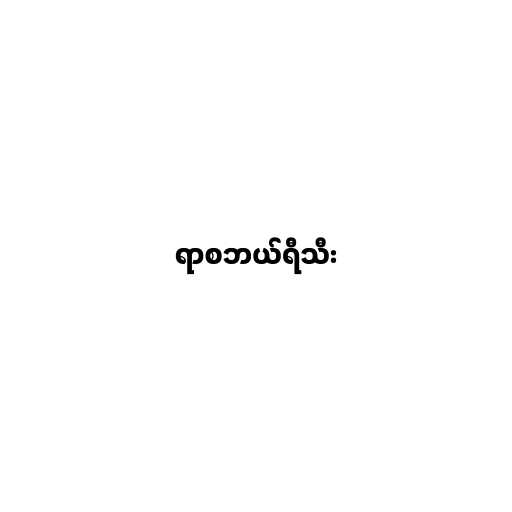
ရာစဘယ်ရီသီး